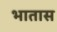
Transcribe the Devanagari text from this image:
भातास